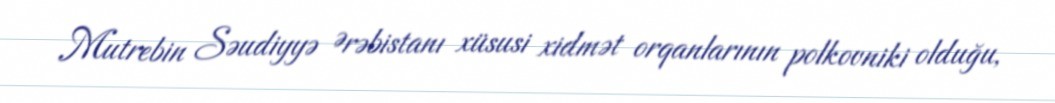
Mutrebin Səudiyyə Ərəbistanı xüsusi xidmət orqanlarının polkovniki olduğu,